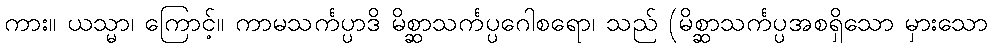
ကား။ ယသ္မာ၊ ကြောင့်။ ကာမသင်္ကပ္ပာဒိ မိစ္ဆာသင်္ကပ္ပဂေါစရော၊ သည် (မိစ္ဆာသင်္ကပ္ပအစရှိသော မှားသော